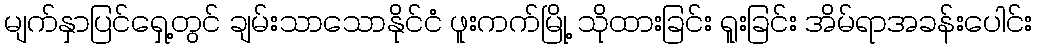
မျက်နှာပြင်ရှေ့တွင် ချမ်းသာသောနိုင်ငံ ဖူးကက်မြို့ သိုထားခြင်း ရူးခြင်း အိမ်ရာအခန်းပေါင်း